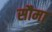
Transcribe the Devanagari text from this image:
सौमा